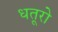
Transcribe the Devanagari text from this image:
धतूरो